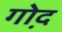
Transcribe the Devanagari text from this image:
गो़द